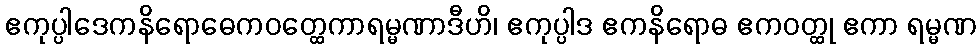
ဧကုပ္ပါဒေကနိရောဓေကဝတ္ထေကာရမ္မဏာဒီဟိ၊ ဧကုပ္ပါဒ ဧကနိရောဓ ဧကဝတ္ထု ဧကာ ရမ္မဏ